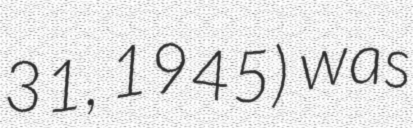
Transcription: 31, 1945) was